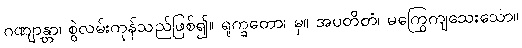
ဂဏျာန္တာ၊ စွဲလမ်းကုန်သည်ဖြစ်၍။ ရုက္ခတော၊ မှ။ အပတိတံ၊ မကြွေကျသေးသော။